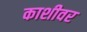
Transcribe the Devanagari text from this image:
काशीवर